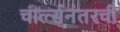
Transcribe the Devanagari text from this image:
चार्ल्सनंतरची